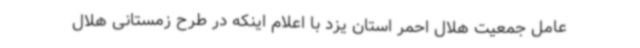
عامل جمعیت هلال احمر استان یزد با اعلام اینکه در طرح زمستانی هلال